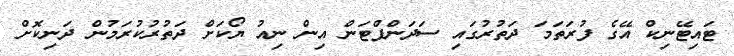
ޓައިޓޭނިކް އޭގެ ފުރަތަމަ ދަތުރުގައި ސަދަންފްޓަން އިން ނިއު ޔޯކަށް ދަތުރުކުރަމުން ދަނިކޮށް